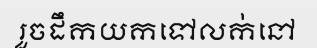
រួចដឹកយកទៅលក់នៅ